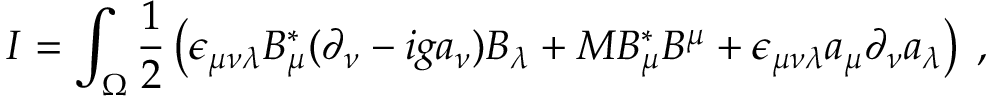
I = \int _ { \Omega } \frac { 1 } { 2 } \left( \epsilon _ { \mu \nu \lambda } B _ { \mu } ^ { * } ( \partial _ { \nu } - i g a _ { \nu } ) B _ { \lambda } + M B _ { \mu } ^ { * } B ^ { \mu } + \epsilon _ { \mu \nu \lambda } a _ { \mu } \partial _ { \nu } a _ { \lambda } \right) \; ,